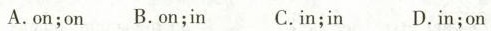
A.on;on B.On;in C.in;in D.in;on